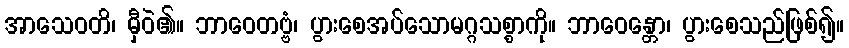
အာသေဝတိ၊ မှီဝဲ၏။ ဘာဝေတဗ္ဗံ၊ ပွားစေအပ်သောမဂ္ဂသစ္စာကို။ ဘာဝေန္တော၊ ပွားစေသည်ဖြစ်၍။